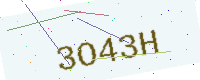
Text: 3O43H